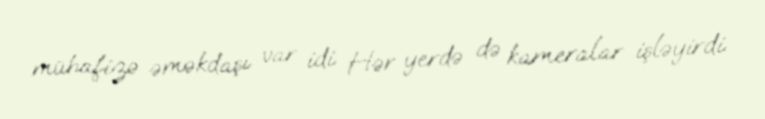
mühafizə əməkdaşı var idi. Hər yerdə də kameralar işləyirdi.